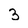
Character: 3